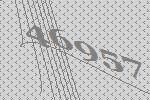
46957